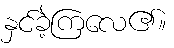
နှင်ခဲ့ကြလေ၏။